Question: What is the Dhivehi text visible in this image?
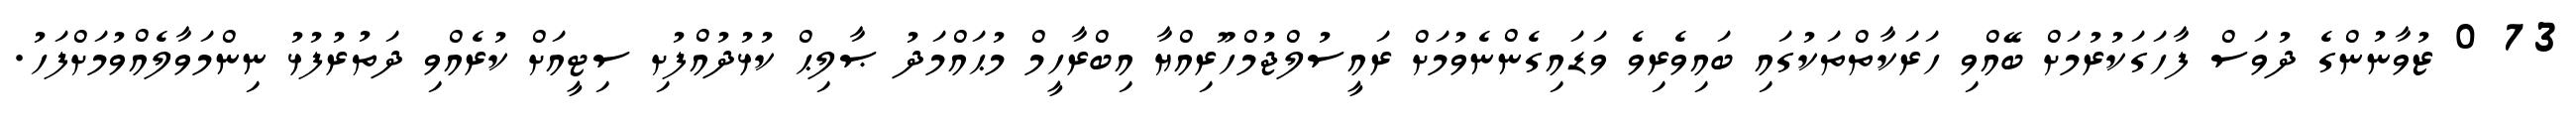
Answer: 73 0 ޒުވާނުންގެ ދުވަސް ފާހަގަކުރުމަށް ބޭއްވި ހަރަކާތްތަކުގައި ބައިވެރިވެ ވަޑައިގެންނެވުމަށް ރައީސުލްޖުމްހޫރިއްޔާ އިބްރާހީމް މުޙައްމަދު ޞާލިޙް ކުޅުދުއްފުށި ސިޓީއަށް ކުރެއްވި ދަތުރުފުޅު ނިންމަވާލެއްވުމަށްފަހު.